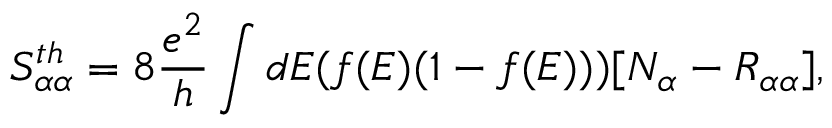
{ S _ { \alpha \alpha } ^ { t h } } = 8 \frac { e ^ { 2 } } { h } \int d E ( f ( E ) ( 1 - f ( E ) ) ) [ N _ { \alpha } - R _ { \alpha \alpha } ] ,